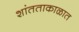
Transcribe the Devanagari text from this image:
शांतताकाळात